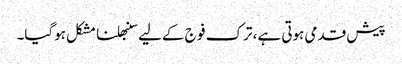
پیش قدمی ہوتی ہے، ترک فو ج کےلیے سنبھلنا مشکل ہوگیا۔